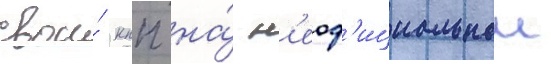
свои́ кпп на́ н'еоф'ициальнои